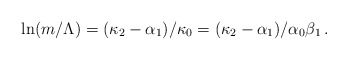
\begin{align*}\ln (m/\Lambda) = (\kappa_2 - \alpha_1)/\kappa_0 = (\kappa_2 -\alpha_1) / \alpha_0 \beta_1 \, .\end{align*}